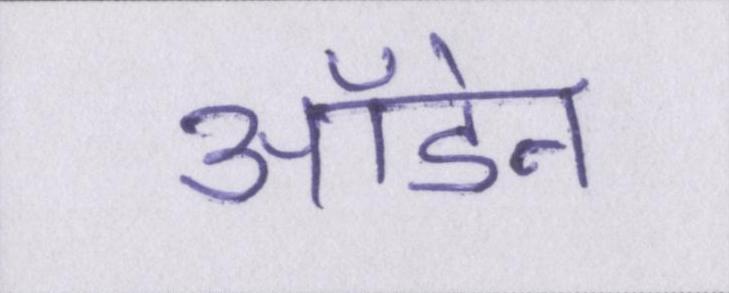
ऑडेन